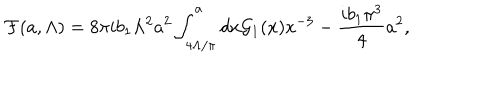
LaTeX: { \cal F } ( a , \Lambda ) = { 8 \pi i b _ { 1 } } \Lambda ^ { 2 } a ^ { 2 } \int _ { 4 \Lambda / \pi } ^ { a } d x { \cal G } _ { 1 } ( x ) x ^ { - 3 } - { \frac { i b _ { 1 } \pi ^ { 3 } } { 4 } } a ^ { 2 } ,